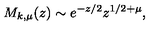
M _ { k , \mu } ( z ) \sim e ^ { - z / 2 } z ^ { 1 / 2 + \mu } ,